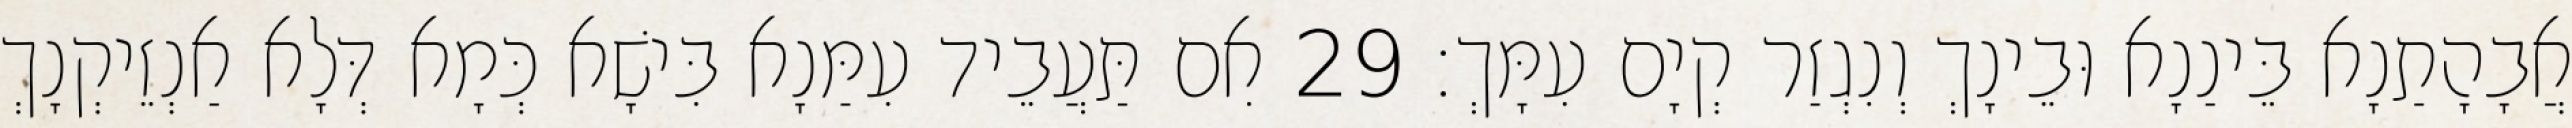
אֲבָהָתַנָא בֵּינַנָא וּבֵינָךְ וְנִגְזַר קְיָם עִמָּךְ׃ 29 אִם תַּעֲבֵיד עִמַּנָא בִּישָׁא כְּמָא דְּלָא אַנְזֵיקְנָךְ